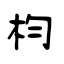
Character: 枃